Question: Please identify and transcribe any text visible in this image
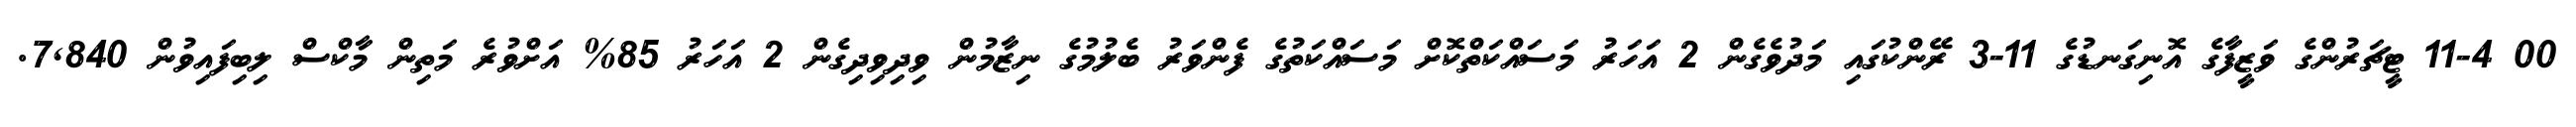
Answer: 00 11-4 ޓީޗަރުންގެ ވަޒީފާގެ އޮނިގަނޑުގެ 11-3 ރޭންކުގައި މަދުވެގެން 2 އަހަރު މަސައްކަތްކޮށް މަސައްކަތުގެ ފެންވަރު ބެލުމުގެ ނިޒާމުން ވިދިވިދިގެން 2 އަހަރު 85% އަށްވުރެ މަތިން މާކްސް ލިބިފައިވުން 7,840.